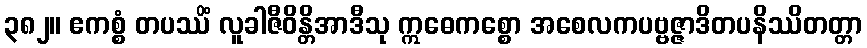
၃၈၂။ ဧကစ္စံ တပဿိံ လူခါဇီဝိန္တိအာဒီသု ဣဓေကစ္စော အစေလကပဗ္ဗဇ္ဇာဒိတပနိဿိတတ္တာ